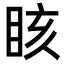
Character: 䀭